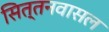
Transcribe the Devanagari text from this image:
सित्तनवासल